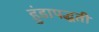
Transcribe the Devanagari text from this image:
हुंडापद्धती